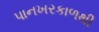
પાનખરકાળથી